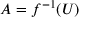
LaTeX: A = f ^ { - 1 } ( U )